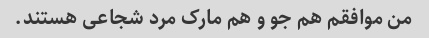
من موافقم هم جو و هم مارک مرد شجاعی هستند.